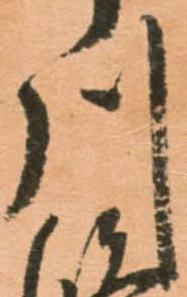
川